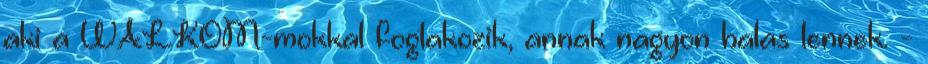
aki a WALKOM-mokkal foglakozik, annak nagyon halas lennek. -